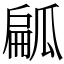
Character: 㼐